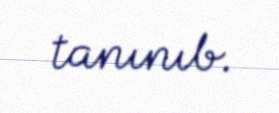
tanınıb.